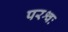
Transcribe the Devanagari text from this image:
परश्वः